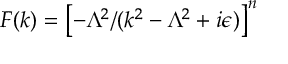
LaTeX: F ( k ) = \left[ - \Lambda ^ { 2 } / ( k ^ { 2 } - \Lambda ^ { 2 } + i \epsilon ) \right] ^ { n }